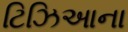
ટિઝિઆના